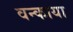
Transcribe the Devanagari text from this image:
वन्काया